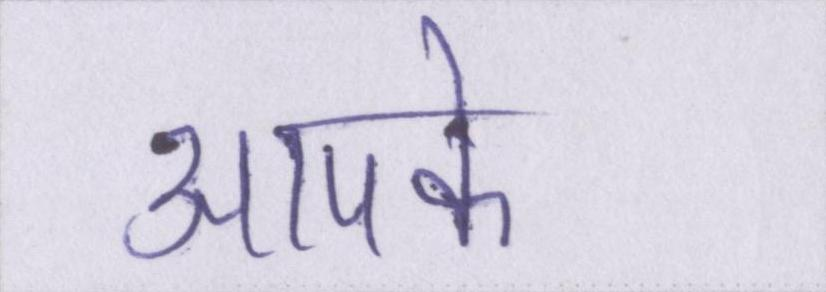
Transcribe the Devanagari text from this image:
आपको